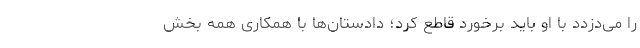
را می‌دزدد با او باید برخورد قاطع کرد؛ دادستان‌ها با همکاری همه بخش